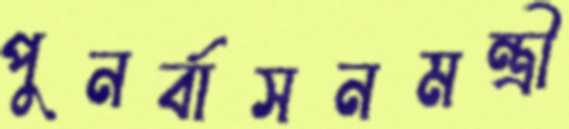
পুনর্বাসনমন্ত্রী